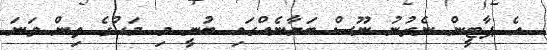
އެ ޕާޓީން ނެރުނު ނޫސް ބަޔާނެއްގައި ބުނީ މި މަހުގެ ތިން ވަނަ